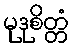
မုဒုစိတ္တံ